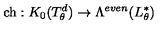
\mathrm { c h } : K _ { 0 } ( T _ { \theta } ^ { d } ) \to \Lambda ^ { e v e n } ( L _ { \theta } ^ { * } )